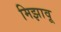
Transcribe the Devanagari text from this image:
मिझावू